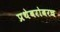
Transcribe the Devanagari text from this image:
प्रथेबरोबरच